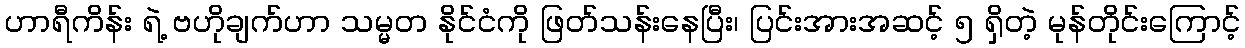
ဟာရီကိန်း ရဲ့ ဗဟိုချက်ဟာ သမ္မတ နိုင်ငံကို ဖြတ်သန်းနေပြီး၊ ပြင်းအားအဆင့် ၅ ရှိတဲ့ မုန်တိုင်းကြောင့်